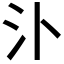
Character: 𣱶